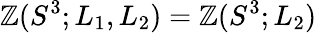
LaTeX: {\cal\mathbb{Z}}(S^{3};L_{1},L_{2})={\cal\mathbb{Z}}(S^{3};L_{2})